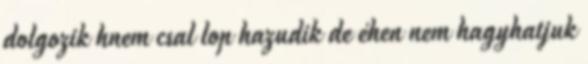
dolgozik hnem csal lop hazudik de éhen nem hagyhatjuk